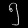
Digit: ၅